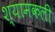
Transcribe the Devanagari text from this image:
श्यामकली